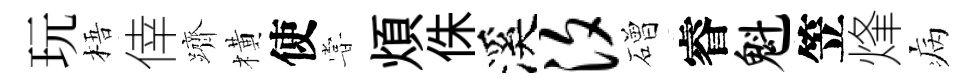
玩梧倖躋橫使甞煩侏溪汐磳睿魁笠烽病